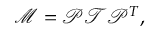
\mathcal { M } = \mathcal { P } \mathcal { T } \mathcal { P } ^ { T } ,